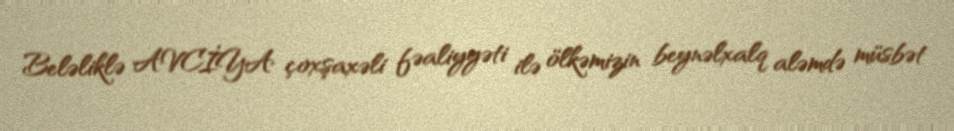
Beləliklə AVCİYA çoxşaxəli fəaliyyəti ilə ölkəmizin beynəlxalq aləmdə müsbət